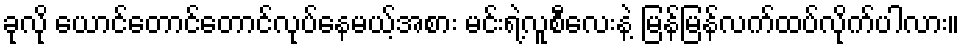
ခုလို ယောင်တောင်တောင်လုပ်နေမယ့်အစား မင်းရဲ့လူစီလေးနဲ့ မြန်မြန်လက်ထပ်လိုက်ပါလား။